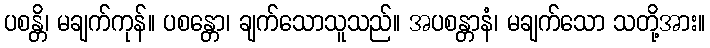
ပစန္တိ၊ မချက်ကုန်။ ပစန္တော၊ ချက်သောသူသည်။ အပစန္တာနံ၊ မချက်သော သတို့အား။